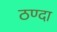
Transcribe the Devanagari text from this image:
ठण्दा